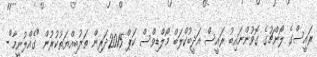
ރައީސްގެ ލޯންޗުގެ ގޮވުންނައިބު ރައީސް އަދީބުކްލަބް މޯލްޑިވްސް ކަޕް 2015ދަރިން ތަރުބިއްޔަތުކުރުން "ގެއްލުނީމާ"-